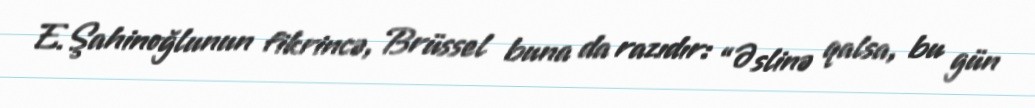
E.Şahinoğlunun fikrincə, Brüssel buna da razıdır: “Əslinə qalsa, bu gün